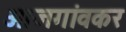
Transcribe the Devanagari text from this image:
आजगांवकर